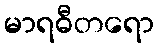
မာရဓီတရော